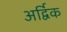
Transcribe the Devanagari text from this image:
अर्द्विक